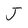
Character: J